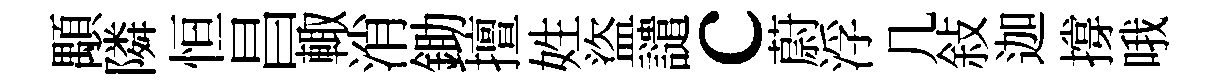
顒隣恒昌輙消鋤擅姓盜譴c蔚浮几敍迦撐哦